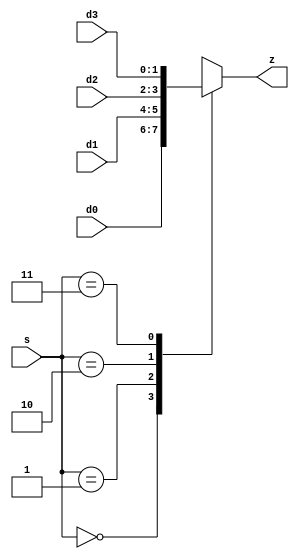

module mux_4x1_4in(d0,d1,d2,d3,s,z);
input [1:0] d0;
input [1:0] d1;
input [1:0] d2;
input [1:0] d3;

input [1:0] s;

output [1:0] z;

reg [1:0] z; //  

always  @(d0,d1,d2,d3,s)
    case(s)
        2'b00: z <= d0; //00 z i[3] 
        2'b01: z <= d1;
        2'b10: z <= d2;
        2'b11: z <= d3;
        default : z <= 0;
    endcase 

endmodule